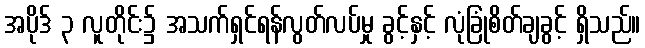
အပိုဒ် ၃ လူတိုင်း၌ အသက်ရှင်ရန်လွတ်လပ်မှု ခွင့်နှင့် လုံခြုံစိတ်ချခွင့် ရှိသည်။